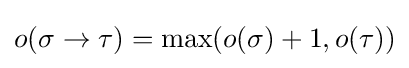
o(\sigma \to \tau )={\mbox{max}}(o(\sigma )+1,o(\tau ))